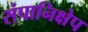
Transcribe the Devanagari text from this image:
संपानिक्षेप